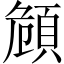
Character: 頠